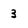
Character: 3